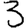
Digit: 3